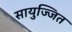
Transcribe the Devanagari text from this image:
सायुज्जित